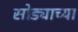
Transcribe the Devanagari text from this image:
सोड्याच्या